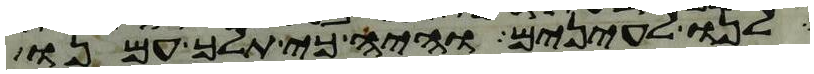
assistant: לנו לעינים והיה כי תלך עמנו